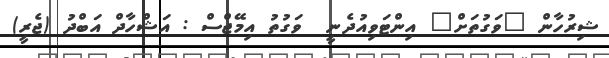
ޝިރުހާން "ވަގުތަށް" އިންޓަވިއުދެނީ  ވަގުތު އިމޭޖްސް : އަޝްހާދް އަބްދު (ޖެރީ)